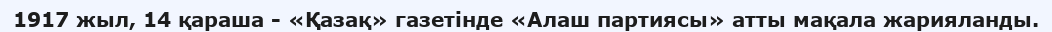
1917 жыл, 14 қараша - «Қазақ» газетінде «Алаш партиясы» атты мақала жарияланды.